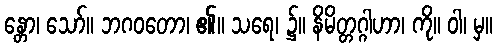
န္တော၊ သော်။ ဘဂဝတော၊ ၏။ သရေ၊ ၌။ နိမိတ္တဂ္ဂါဟာ၊ ကို။ ဝါ၊ မှ။